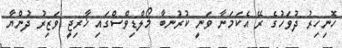
ހޮނިހިރު ދުވަހުގެ ރޭ އެކަމަނާ ވަނީ ކުރުނބާ މޯލްޑިވްސްގައި ޚާރިޖީ ވަޒިރު ދުންޔާ